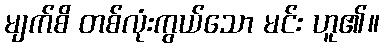
မျက်စိ တစ်လုံးကွယ်သော မင်း ဟူ၏။